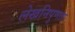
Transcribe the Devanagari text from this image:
लेखनिपुणता